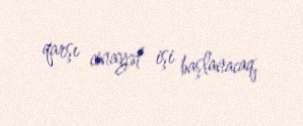
qarşı cinayət işi başlanacaq.